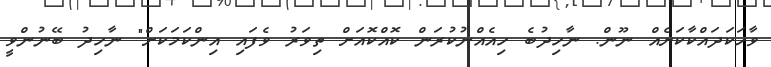
ވާހަކަދައްކާކަށެއް ނޫން. ނާހިދުބެ ހިއެއްނުކުރަން ކޮއްކޮއަށް ތިވަރު ވެފައި އިންކަމަކަށް" ނާހިދު ބޭނުންވީ